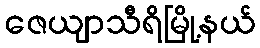
ဇေယျာသီရိမြို့နယ်